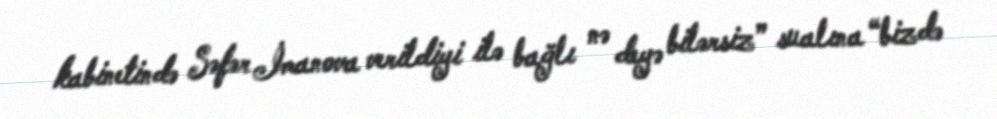
kabinetində Səfər İmanova verildiyi ilə bağlı nə deyə bilərsiz” sualına “bizdə